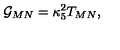
{ \cal G } _ { M N } = \kappa _ { 5 } ^ { 2 } T _ { M N } ,